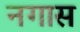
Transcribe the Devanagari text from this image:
नगास